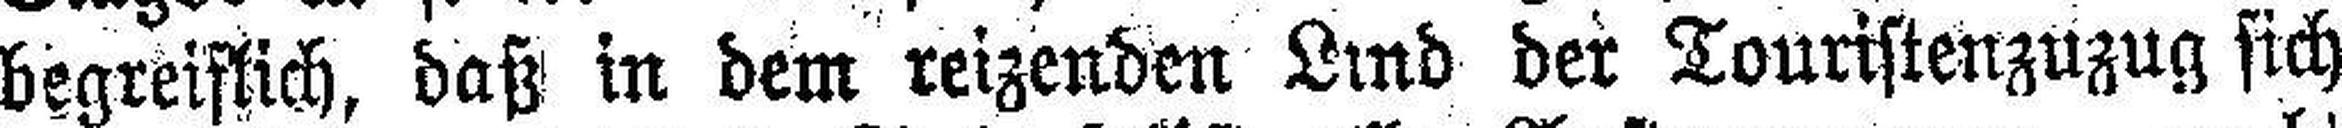
begreiflich, daß in dem reizenden Lind der Touristenzuzug sich